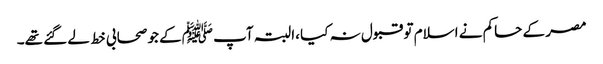
مصر کے حاکم نے اسلام تو قبول نہ کیا ،البتہ آپ ﷺکے جو صحابی خط لے گئے تھے۔